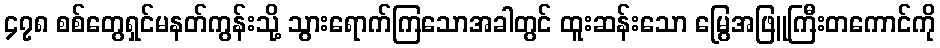
၄၇၈ စစ်တွေရှင်မနတ်ကွန်းသို့ သွားရောက်ကြသောအခါတွင် ထူးဆန်းသော မြွေအဖြူကြီးတကောင်ကို